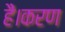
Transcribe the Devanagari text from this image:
हैं।करण